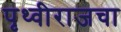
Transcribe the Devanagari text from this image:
पृथ्वीराजचा